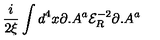
\frac { i } { 2 \xi } \int d ^ { 4 } x \partial . A ^ { a } { \mathcal { E } } _ { R } ^ { - 2 } \partial . A ^ { a }